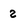
Character: 2